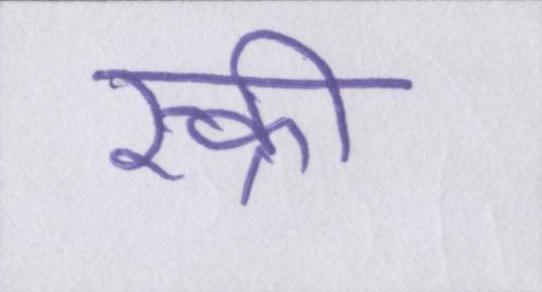
स्क्री